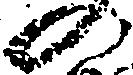
の